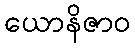
ယောနိဇာဝ